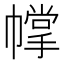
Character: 幥